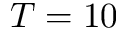
T = 1 0